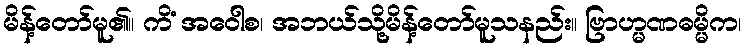
မိန့်တော်မူ၏။ ကိံ အဝေါစ၊ အဘယ်သို့မိန့်တော်မူသနည်း။ ဗြာဟ္မဏဓမ္မိက၊